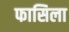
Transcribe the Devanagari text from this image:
फासिला